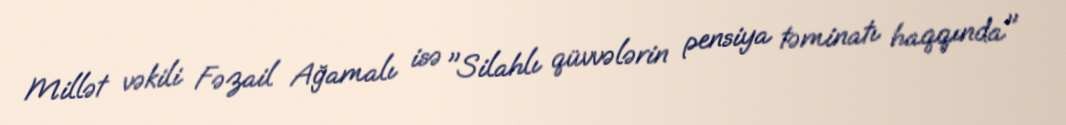
Millət vəkili Fəzail Ağamalı isə "Silahlı qüvvələrin pensiya təminatı haqqında"